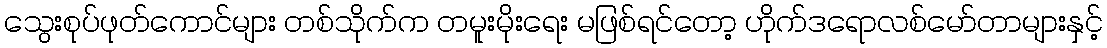
သွေးစုပ်ဖုတ်ကောင်များ တစ်သိုက်က တမူးမိုးရေး မဖြစ်ရင်တော့ ဟိုက်ဒရောလစ်မော်တာများနှင့်